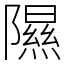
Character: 隰